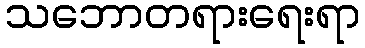
သဘောတရားရေးရာ